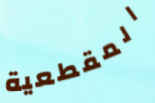
المقطعية